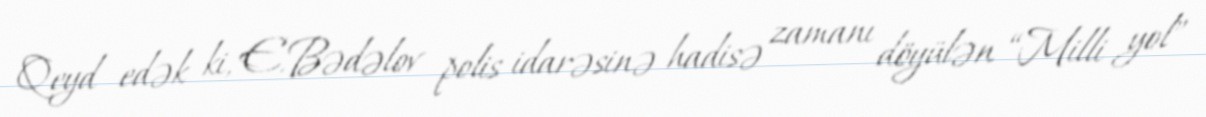
Qeyd edək ki, E.Bədəlov polis idarəsinə hadisə zamanı döyülən “Milli yol”